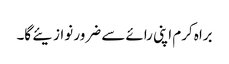
براہ کرم اپنی رائے سے ضرور نوازیئے گا۔